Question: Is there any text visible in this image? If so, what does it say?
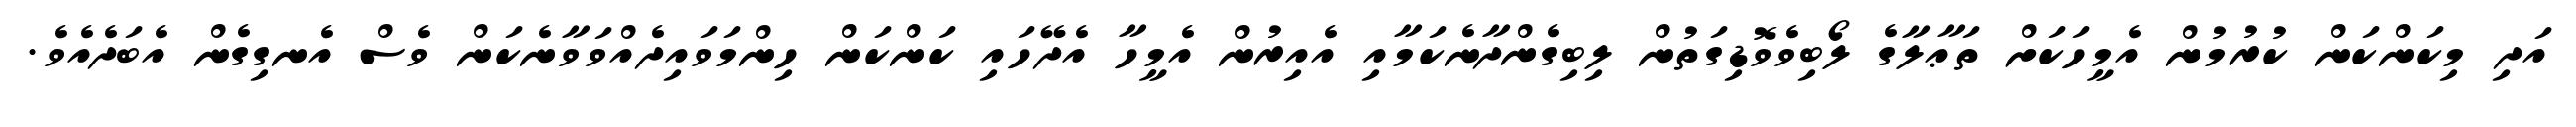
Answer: އަދި މިކަންކަން ކުރުމުން އެމީހަކަށް ތަޢާލާގެ ލޯބިވެވޮޑިގަތުން ލިބިގެންދާނެކަމާއި އެއިރުން އެމީހާ އެދޭހައި ކަންކަން ހިންމަވައިދެއްވަވާނެކަން ވެސް އެނގިގެން އެބަދެއެވެ.